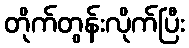
တိုက်တွန်းလိုက်ပြီး